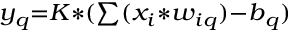
\scriptstyle y _ { q } = K * ( \sum ( x _ { i } * w _ { i q } ) - b _ { q } )